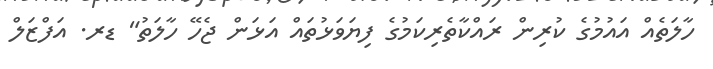
ހާލަތެއް އައުމުގެ ކުރިން ރައްކާތެރިކަމުގެ ފިޔަވަޅުތައް އަޅަން ޖެހޭ ހާލަތު" ޑރ. އަފްޒަލް